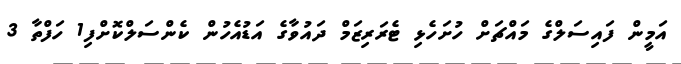
އަމީން ފައިސަލްގެ މައްޗަށް ހުށަހެޅި ޓެރަރިޒަމް ދައުވާގެ އަޑުއެހުން ކެންސަލްކޮށްފި1 ހަފްތާ 3